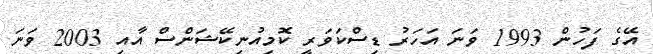
އޭގެ ފަހުން 1993 ވަނަ އަހަރު ޑިސްކަވަރީ ކޮމިއުނިކޭޝަންސް އާއި 2003 ވަނަ